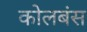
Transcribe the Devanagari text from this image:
कोलबंस